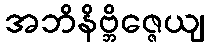
အဘိနိဗ္ဘိဇ္ဇေယျ